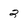
Character: 2